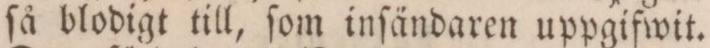
ſå blodigt till, ſom inſändaren uppgifwit.